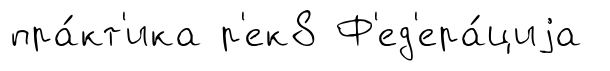
пра́кт'ика р'ек8 Ф'ед'ера́циjа